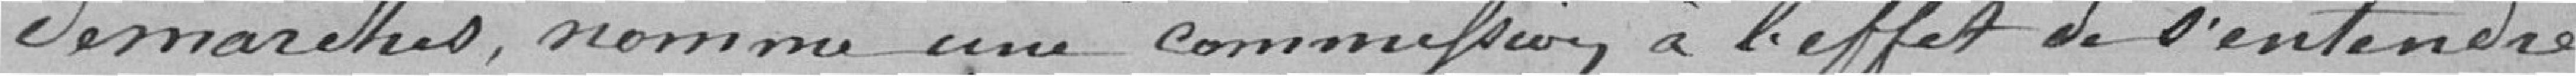
démarches, nomme une commission à l'effet de s'entendre